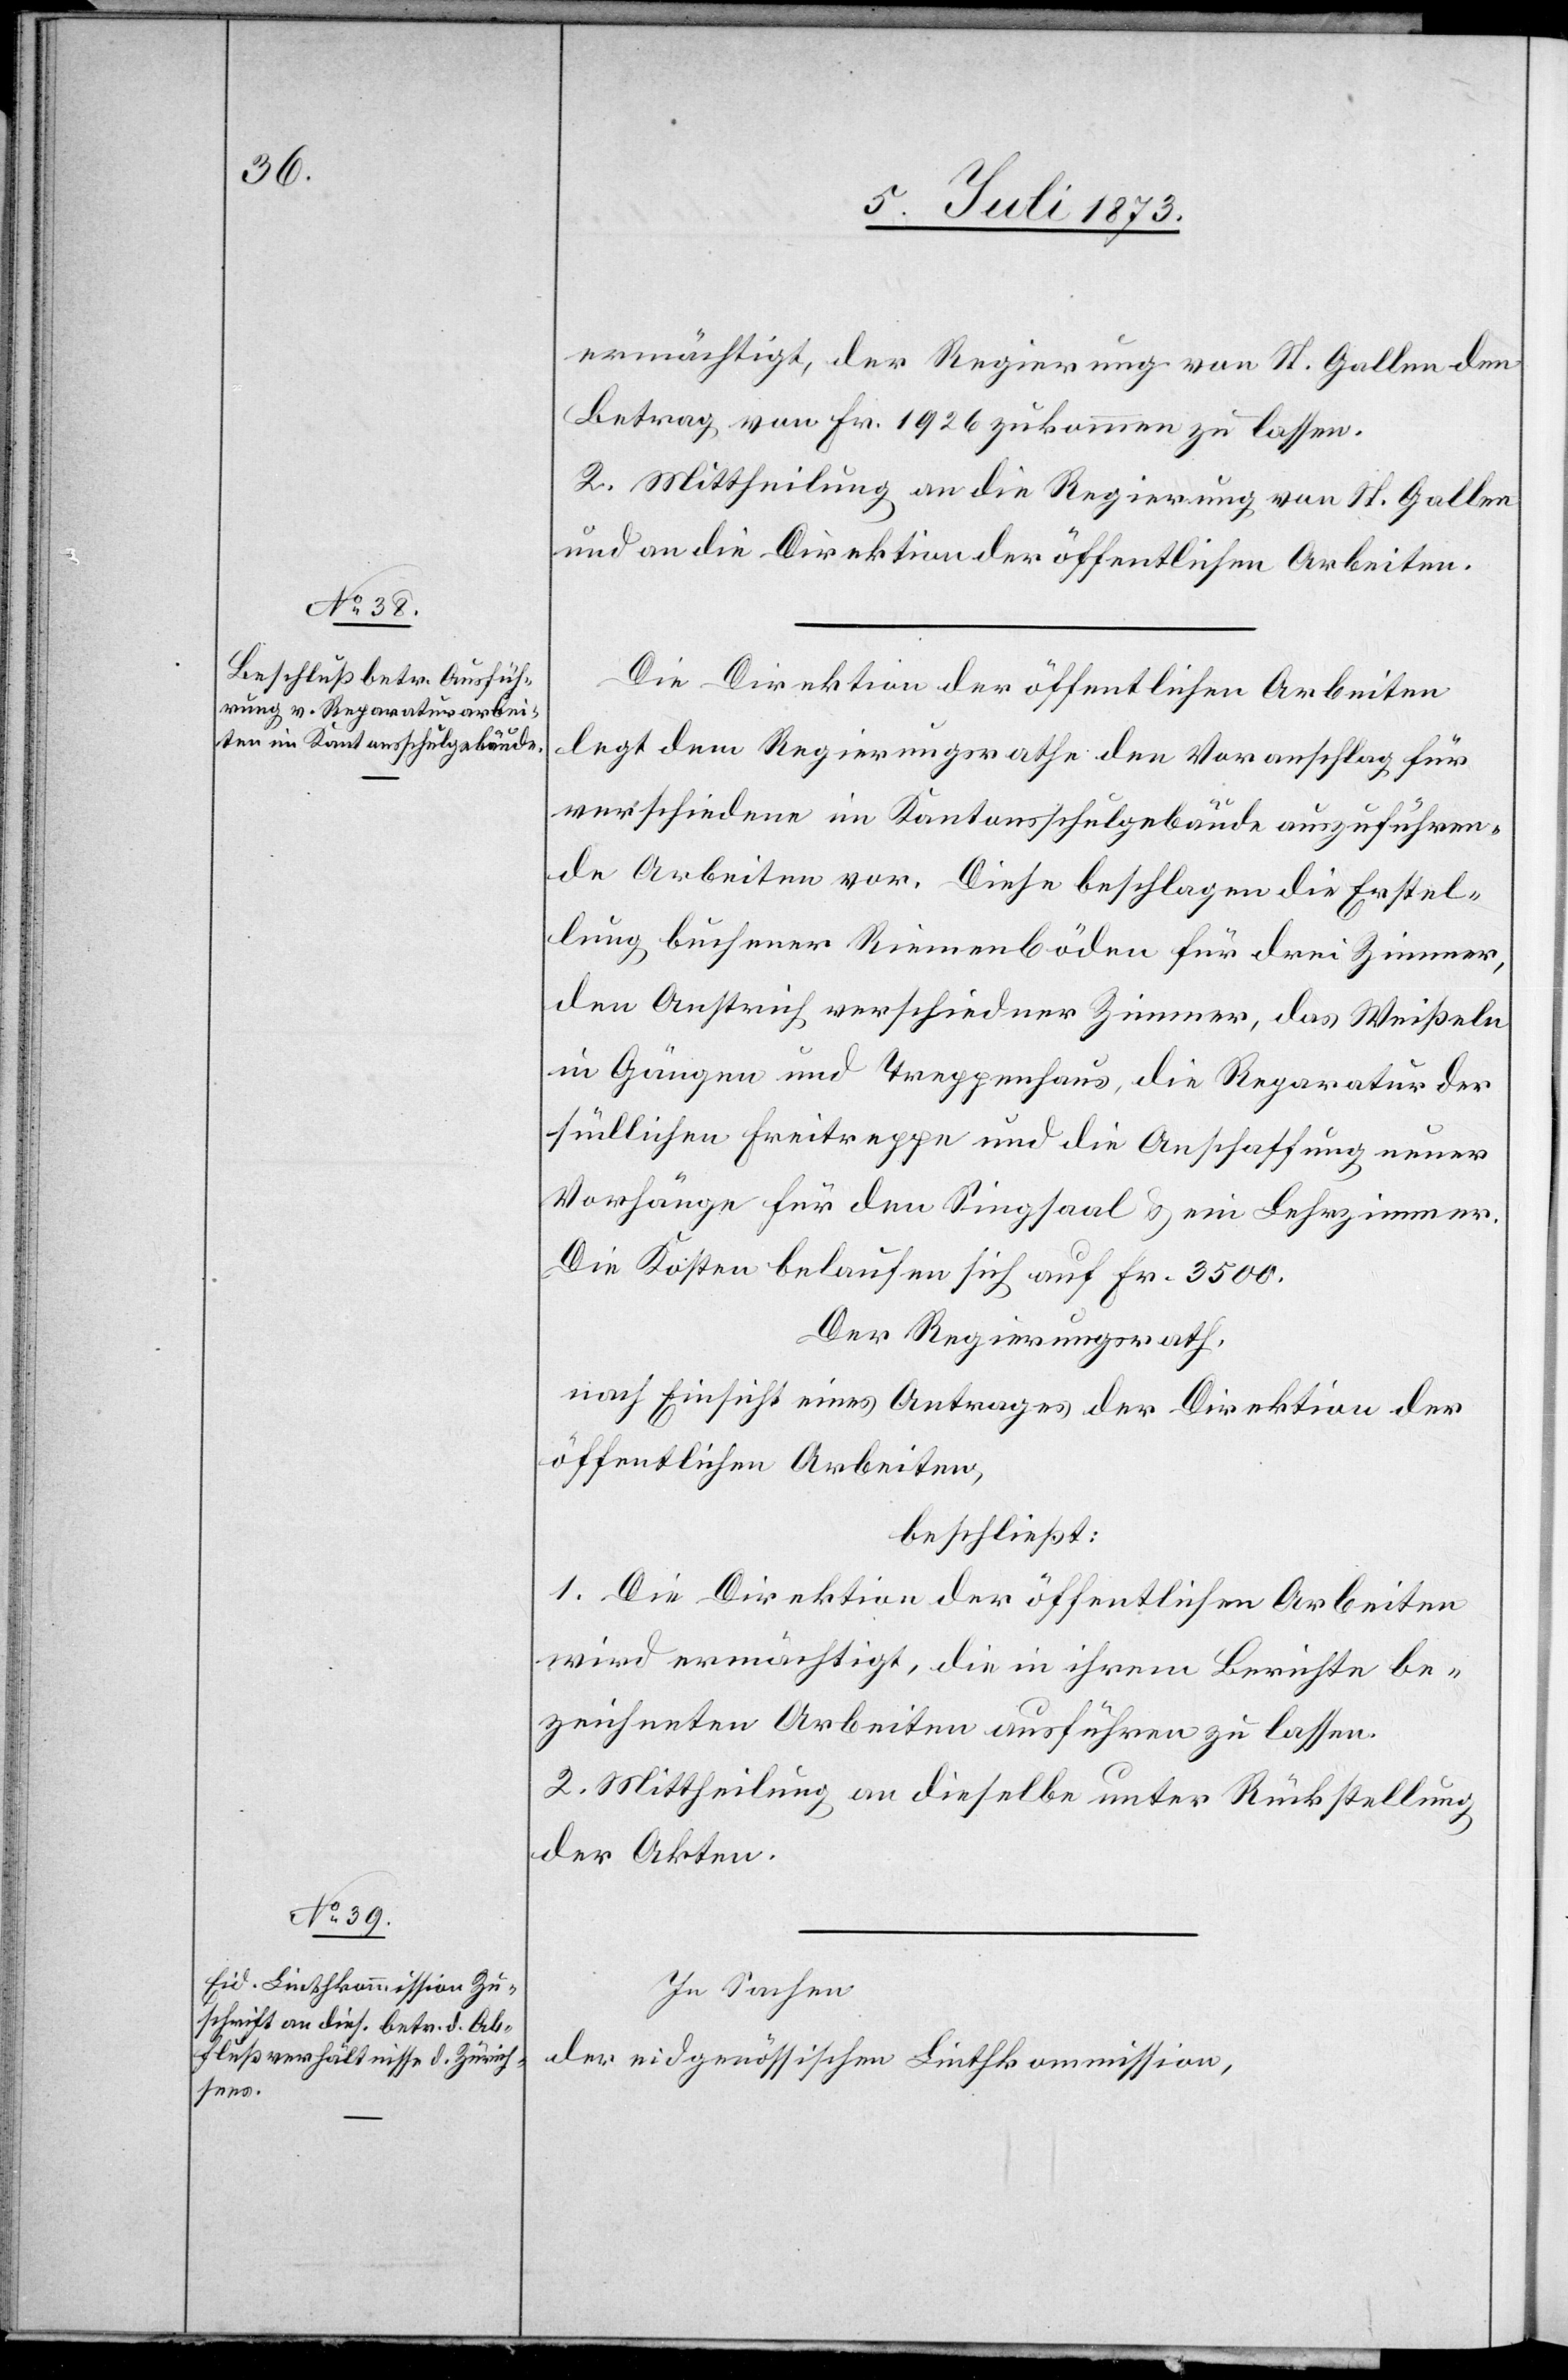
ermächtigt, der Regierung von St. Gallen den
Betrag von Fr. 1 926 zukommen zu lassen.
2. Mittheilung an die Regierung von St. Gallen
und an die Direktion der öffentlichen Arbeiten.
Die Direktion der öffentlichen Arbeiten
legt dem Regierungsrathe den Voranschlag für
verschiedene im Kantonsschulgebäude auszuführen¬
de Arbeiten vor. Diese beschlagen die Erstel¬
lung buchener Riemenböden für drei Zimmer,
den Anstrich verschiedener Zimmer, das Weißeln
in Gängen und Treppenhaus, die Reparatur der
südlichen Freitreppe und die Anschaffung neuer
Vorhänge für den Singsaal & ein Lehrzimmer.
Die Kosten belaufen sich auf Fr. 3 500.
Der Regierungsrath,
nach Einsicht eines Antrages der Direktion der
öffentlichen Arbeiten,
beschließt:
1. Die Direktion der öffentlichen Arbeiten
wird ermächtigt, die in ihrem Berichte be¬
zeichneten Arbeiten ausführen zu lassen.
2. Mittheilung an dieselbe unter Rückstellung
der Akten.
In Sachen
der eidgenössischen Linthkommission,